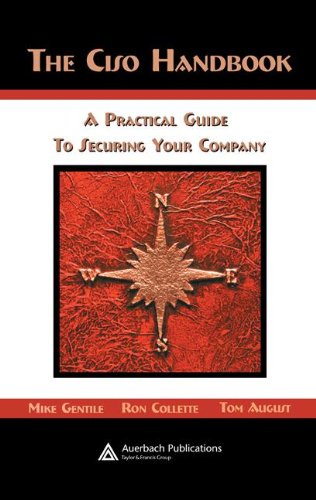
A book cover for The Ciso Handbook: A Practical Guide to Securing Your Company; Michael Gentile; Business & Money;